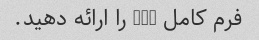
فرم کامل LAN را ارائه دهید.